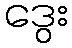
ဒွေး